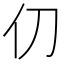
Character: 𫢈